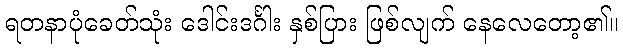
ရတနာပုံခေတ်သုံး ဒေါင်းဒင်္ဂါး နှစ်ပြား ဖြစ်လျက် နေလေတော့၏။